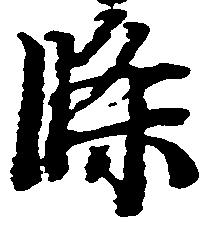
条